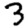
Digit: 3